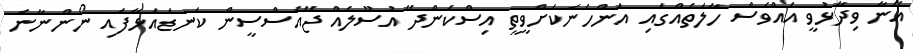
އޭނާ ވިދާޅުވީ އެއްވެސް ހާލަތެއްގައި އަންހެނަކަށްވީތީ އިސްކަންދޭ އުސޫލެއް ޖޭއެސްސީން ކަނޑައަޅާފައި ނޯންނާނެ